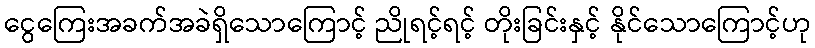
ငွေကြေးအခက်အခဲရှိသောကြောင့် ညိုရင့်ရင့် တိုးခြင်းနှင့် နိုင်သောကြောင့်ဟု